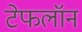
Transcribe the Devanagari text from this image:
टेफलॉन